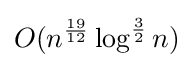
O(n^{\frac {19}{12}}\log ^{\frac {3}{2}}n)